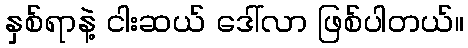
နှစ်ရာနဲ့ ငါးဆယ် ဒေါ်လာ ဖြစ်ပါတယ်။